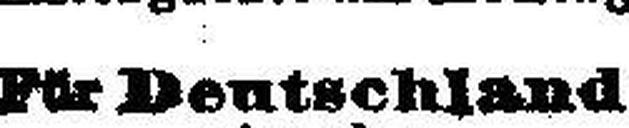
Für Deutschland